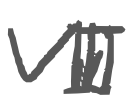
Text: VIII
Cross-out: clean
Writing tool: digital_gray